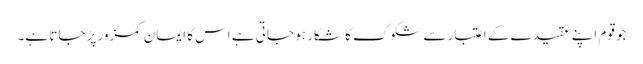
جو قوم اپنے عقیدے کے اعتبار سے شکوک کا شکار ہو جاتی ہے اس کا ایمان کمزور پڑ جاتا ہے۔